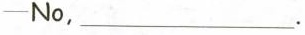
-No，___.